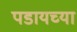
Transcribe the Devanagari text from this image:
पडायच्या